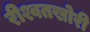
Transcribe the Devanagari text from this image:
रीश्वतखोरी